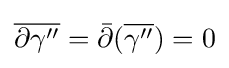
{\overline {\partial \gamma ''}}={\bar {\partial }}({\overline {\gamma ''}})=0